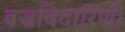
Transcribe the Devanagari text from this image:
वज्रविदारिणी